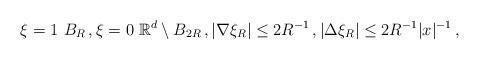
LaTeX: \begin{align*} \xi = 1\ B_R \,, \xi = 0\ \mathbb R^d\setminus B_{2R} \,, |\nabla\xi_R|\leq 2R^{-1} \,, |\Delta\xi_R|\leq 2R^{-1}|x|^{-1} \,,\end{align*}